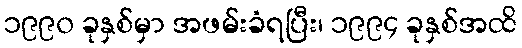
၁၉၉၀ ခုနှစ်မှာ အဖမ်းခံရပြီး၊ ၁၉၉၄ ခုနှစ်အထိ